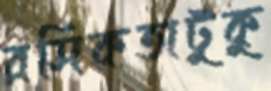
রসিকতাটুকু